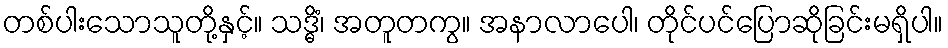
တစ်ပါးသောသူတို့နှင့်။ သဒ္ဓိံ၊ အတူတကွ။ အနာလာပေါ၊ တိုင်ပင်ပြောဆိုခြင်းမရှိပါ။